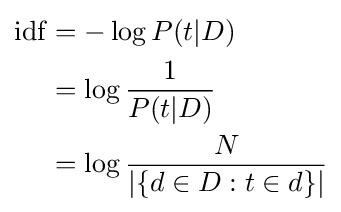
{\begin{aligned}\mathrm {idf} &=-\log P(t|D)\\&=\log {\frac {1}{P(t|D)}}\\&=\log {\frac {N}{|\{d\in D:t\in d\}|}}\end{aligned}}